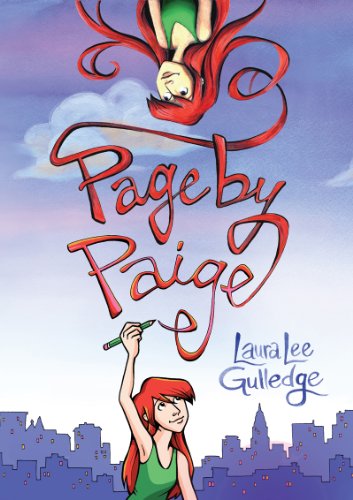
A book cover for Page by Paige; Laura Lee Gulledge; Teen & Young Adult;